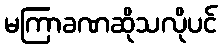
မကြာခဏဆိုသလိုပင်